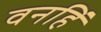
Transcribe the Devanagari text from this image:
वनहिं